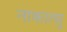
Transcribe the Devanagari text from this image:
नाकात्सु